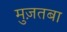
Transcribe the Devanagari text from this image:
मुज़तबा